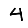
Digit: 4